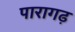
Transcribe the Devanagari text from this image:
पारागढ़